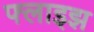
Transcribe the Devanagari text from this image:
फ्लाइझ